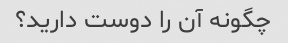
چگونه آن را دوست دارید؟